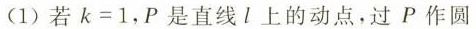
(1)若$$k = 1$$，P是直线l上的动点，过P作圆